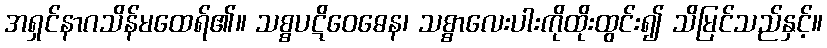
အရှင်နာဂသိန်မထေရ်၏။ သစ္စပဋိဝေဓေန၊ သစ္စာလေးပါးကိုထိုးထွင်း၍ သိမြင်သည်နှင့်။